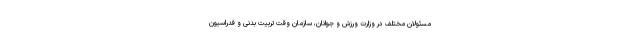
مسئولان مختلف در وزارت ورزش و جوانان، سازمان وقت تربیت بدنی و فدراسیون